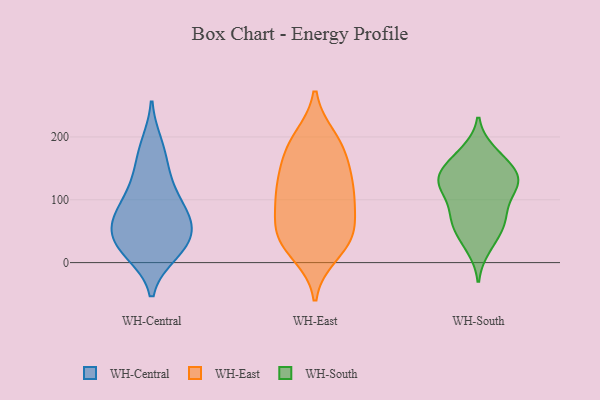
{"axis": {"x": "LTV (USD)", "y": "Value"}, "legend": ["WH-Central", "WH-East", "WH-South"], "data": [{"x": "", "y": 187, "type": "WH-Central"}, {"x": "", "y": 165, "type": "WH-Central"}, {"x": "", "y": 74, "type": "WH-Central"}, {"x": "", "y": 124, "type": "WH-Central"}, {"x": "", "y": 50, "type": "WH-Central"}, {"x": "", "y": 27, "type": "WH-Central"}, {"x": "", "y": 64, "type": "WH-Central"}, {"x": "", "y": 30, "type": "WH-Central"}, {"x": "", "y": 22, "type": "WH-Central"}, {"x": "", "y": 72, "type": "WH-Central"}, {"x": "", "y": 80, "type": "WH-Central"}, {"x": "", "y": 16, "type": "WH-Central"}, {"x": "", "y": 117, "type": "WH-Central"}, {"x": "", "y": 49, "type": "WH-East"}, {"x": "", "y": 41, "type": "WH-East"}, {"x": "", "y": 51, "type": "WH-East"}, {"x": "", "y": 130, "type": "WH-East"}, {"x": "", "y": 16, "type": "WH-East"}, {"x": "", "y": 157, "type": "WH-East"}, {"x": "", "y": 44, "type": "WH-East"}, {"x": "", "y": 97, "type": "WH-East"}, {"x": "", "y": 108, "type": "WH-East"}, {"x": "", "y": 97, "type": "WH-East"}, {"x": "", "y": 118, "type": "WH-East"}, {"x": "", "y": 148, "type": "WH-East"}, {"x": "", "y": 200, "type": "WH-East"}, {"x": "", "y": 200, "type": "WH-East"}, {"x": "", "y": 186, "type": "WH-East"}, {"x": "", "y": 12, "type": "WH-East"}, {"x": "", "y": 167, "type": "WH-East"}, {"x": "", "y": 47, "type": "WH-East"}, {"x": "", "y": 92, "type": "WH-East"}, {"x": "", "y": 62, "type": "WH-South"}, {"x": "", "y": 176, "type": "WH-South"}, {"x": "", "y": 122, "type": "WH-South"}, {"x": "", "y": 116, "type": "WH-South"}, {"x": "", "y": 124, "type": "WH-South"}, {"x": "", "y": 129, "type": "WH-South"}, {"x": "", "y": 24, "type": "WH-South"}, {"x": "", "y": 75, "type": "WH-South"}, {"x": "", "y": 138, "type": "WH-South"}, {"x": "", "y": 147, "type": "WH-South"}, {"x": "", "y": 139, "type": "WH-South"}, {"x": "", "y": 172, "type": "WH-South"}, {"x": "", "y": 120, "type": "WH-South"}, {"x": "", "y": 158, "type": "WH-South"}, {"x": "", "y": 35, "type": "WH-South"}, {"x": "", "y": 87, "type": "WH-South"}, {"x": "", "y": 64, "type": "WH-South"}, {"x": "", "y": 64, "type": "WH-South"}]}